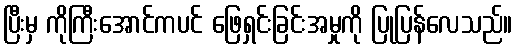
ပြီးမှ ကိုကြီးအောင်ကပင် ဖြေရှင်းခြင်းအမှုကို ပြုပြန်လေသည်။